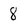
Character: 8